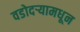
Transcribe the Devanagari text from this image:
वडोदऱ्यामधून